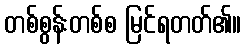
တစ်စွန်းတစ်စ မြင်ရတတ်၏။